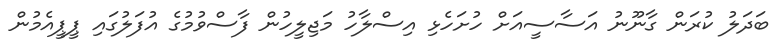
ބަދަލު ކުރަން ގާނޫނު އަސާސީއަށް ހުށަހެޅި އިސްލާހު މަޖިލީހުން ފާސްވުމުގެ އުފަލުގައި ޕީޕީއެމުން